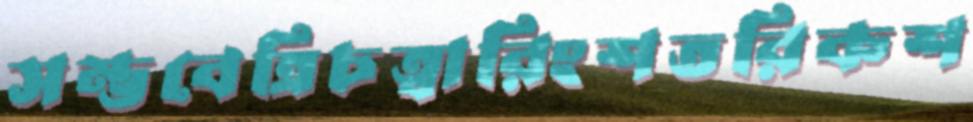
সম্ভবেত্রিচত্বারিংশতরিকশ